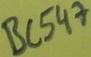
Text: BC547